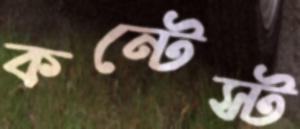
কন্টেস্ট